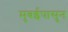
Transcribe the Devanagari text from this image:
मुबईपासुन